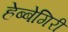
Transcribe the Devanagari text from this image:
हेब्बेगिरी